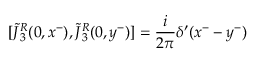
[ \tilde { J } { ^ { R } _ { 3 } } ( 0 , x ^ { - } ) , \tilde { J } { ^ { R } _ { 3 } } ( 0 , y ^ { - } ) ] = { \frac { i } { 2 \pi } } \delta ^ { \prime } ( x ^ { - } - y ^ { - } )